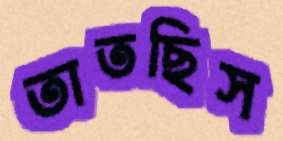
তাতছিস